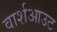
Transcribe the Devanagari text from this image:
वार्शआउट